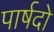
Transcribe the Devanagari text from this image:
पार्षदो